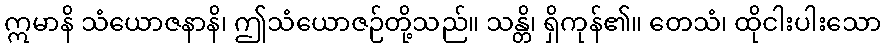
ဣမာနိ သံယောဇနာနိ၊ ဤသံယောဇဉ်တို့သည်။ သန္တိ၊ ရှိကုန်၏။ တေသံ၊ ထိုငါးပါးသော